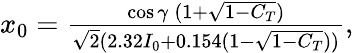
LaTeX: \begin{array}{r}{x_{0}=\frac{\cos{\gamma}\: (1+\sqrt{1-C_{T}})}{\sqrt{2}(2.32I_{0}+0.154(1-\sqrt{1-C_{T}}))},}\end{array}